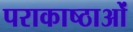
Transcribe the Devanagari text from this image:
पराकाष्ठाओं